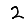
Digit: 2